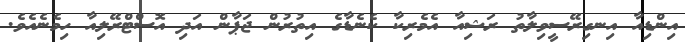
އިންޑިއާ އިނގިރޭސީވިލާތު ރަޝިއާ އެމެރިކާ ކެނެޑާގެ އިތުރުން ޖަޕާން އަދި އޮސްޓްރޭލިއާ ހިމެނެއެވެ.